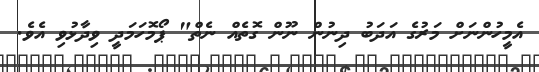
އެމީހުންނަށް މަރުގެ އަދަބު ދިނުން ނޫން ގޮތެއް ނެތް" ޕޯމޮހަމަދީ ވިދާޅުވި އެވެ.